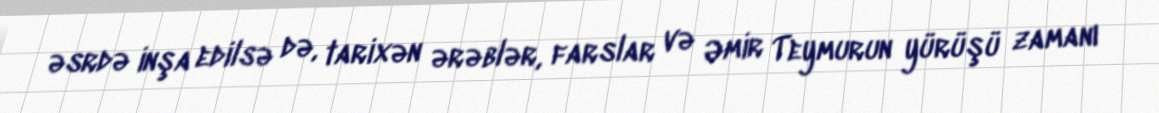
əsrdə inşa edilsə də, tarixən ərəblər, farslar və Əmir Teymurun yürüşü zamanı